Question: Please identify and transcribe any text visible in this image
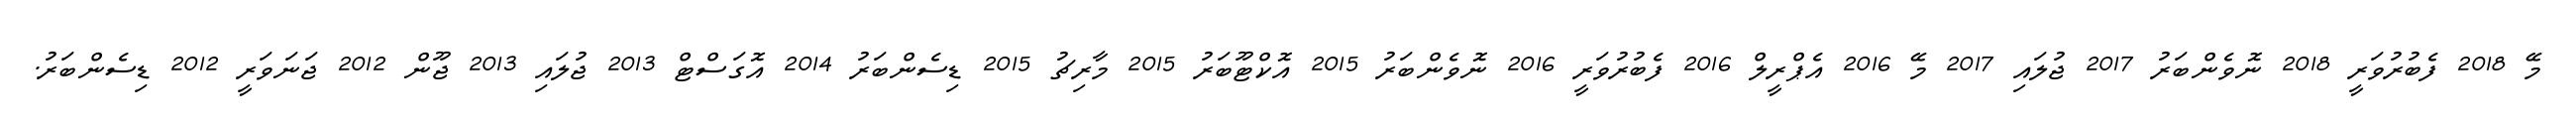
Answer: މޭ 2018 ފެބުރުވަރީ 2018 ނޮވެންބަރު 2017 ޖުލައި 2017 މޭ 2016 އެޕްރީލް 2016 ފެބުރުވަރީ 2016 ނޮވެންބަރު 2015 އޮކްޓޫބަރު 2015 މާރިޗު 2015 ޑިސެންބަރު 2014 އޮގަސްޓް 2013 ޖުލައި 2013 ޖޫން 2012 ޖަނަވަރީ 2012 ޑިސެންބަރު.